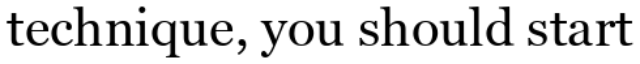
technique, you should start